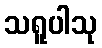
သရူပါသု